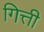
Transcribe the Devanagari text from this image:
गित्ती